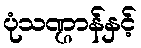
ပုံသဏ္ဌာန်နှင့်